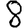
Digit: 8